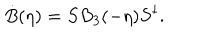
\dot { B } ( \eta ) = S B _ { 3 } ( - \eta ) S ^ { \dagger } .